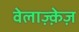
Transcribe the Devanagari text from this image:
वेलाज़्क़ेज़